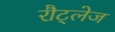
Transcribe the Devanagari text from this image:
रौट्लेज